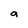
Character: a